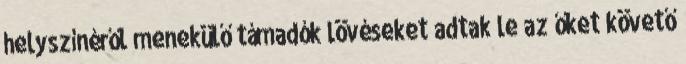
helyszínéről menekülő támadók lövéseket adtak le az őket követő